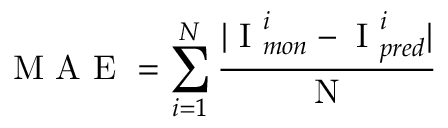
\mathrm { ~ M ~ A ~ E ~ } = \displaystyle \sum _ { i = 1 } ^ { N } \frac { | \mathrm { ~ I ~ } _ { m o n } ^ { i } - \mathrm { ~ I ~ } _ { p r e d } ^ { i } | } { \mathrm { ~ N ~ } }